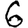
Digit: 6